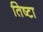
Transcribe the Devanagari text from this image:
तिष्टा